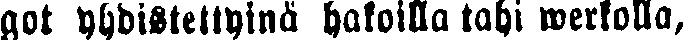
got yhdistettyinä haloilla tahi werkolla,